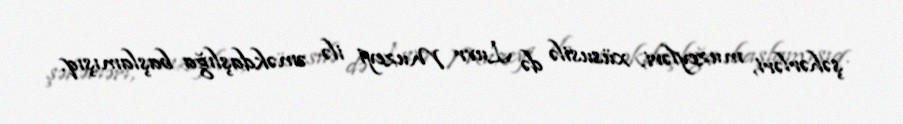
şəhərləri, muzeyləri, xüsusilə də Luvr Muzeyi ilə əməkdaşlığa başlamışıq.